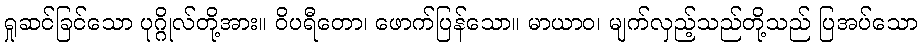
ရှုဆင်ခြင်သော ပုဂ္ဂိုလ်တို့အား။ ဝိပရီတော၊ ဖောက်ပြန်သော။ မာယာဝ၊ မျက်လှည့်သည်တို့သည် ပြအပ်သော